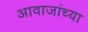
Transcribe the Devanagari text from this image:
आवाजांच्या